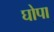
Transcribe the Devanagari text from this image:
घोपा